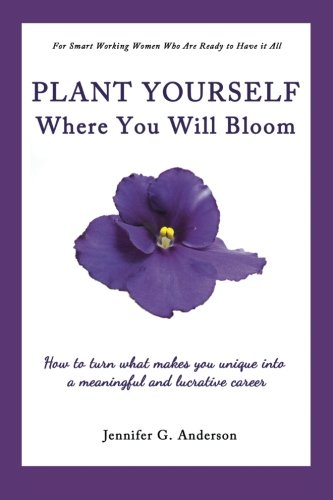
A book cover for Plant Yourself Where You Will Bloom: How to Turn What Makes You Unique into a Meaningful and Lucrative Career; Jennifer G. Anderson; Business & Money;